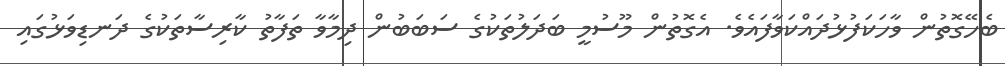
ބެހޭގޮތުން ވާހަކަފުޅުދައްކަވާފައެވެ. އެގޮތުން މޫސުމީ ބަދަލުތަކުގެ ސަބަބުން ދިމާވާ ތަފާތު ކާރިސާތަކުގެ ދަނޑިވަޅުގައި